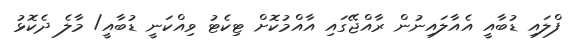
ފްލައި ޑުބާއީ އެއާލައިނުން ރާއްޖޭގައި އާއްމުކޮށް ޓިކެޓު ވިއްކަނީ ޑުބާއީ/ މާލެ ދެކޮޅު